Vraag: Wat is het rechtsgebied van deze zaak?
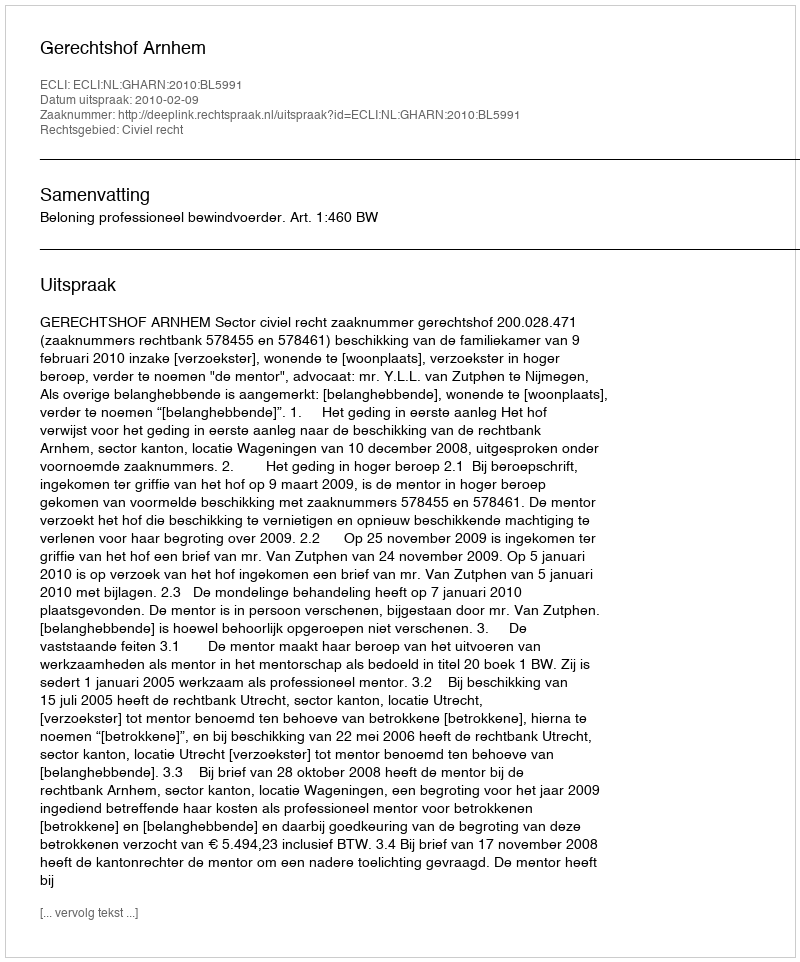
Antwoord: Civiel recht